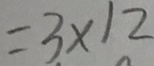
= 3 \times 1 2